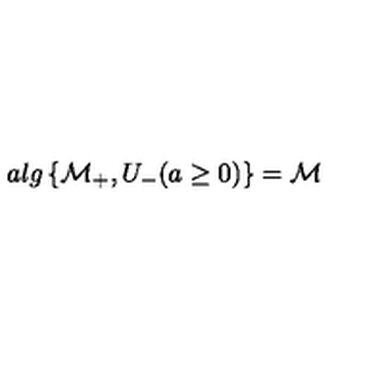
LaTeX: a l g \left\{ \mathcal { M } _ { + } , U _ { - } ( a \geq 0 ) \right\} = \mathcal { M }